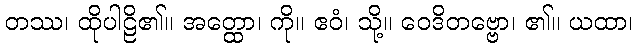
တဿ၊ ထိုပါဠိ၏။ အတ္ထော၊ ကို။ ဧဝံ၊ သို့။ ဝေဒိတဗ္ဗော၊ ၏။ ယထာ၊